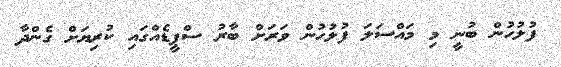
ފުލުހުން ބުނީ މި މައްސަލަ ފުލުހުން ވަރަށް ބާރު ސްޕީޑެއްގައި ކުރިޔަށް ގެންދާ